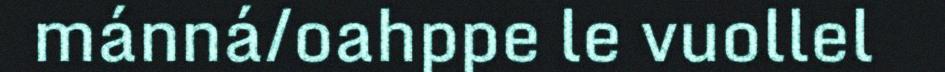
mánná/oahppe le vuollel